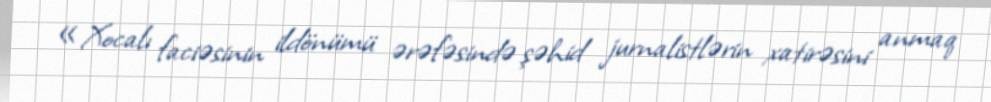
«Xocalı faciəsinin ildönümü ərəfəsində şəhid jurnalistlərin xatirəsini anmaq